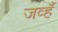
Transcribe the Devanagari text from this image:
जव्हँ